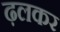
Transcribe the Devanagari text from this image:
ढ़लकर